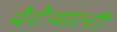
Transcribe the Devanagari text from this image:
पेटेवाली